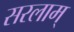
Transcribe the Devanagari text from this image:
सरलाम्